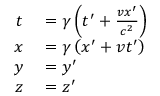
\begin{array} { r l } { t } & { { } = \gamma \left( t ^ { \prime } + { \frac { v x ^ { \prime } } { c ^ { 2 } } } \right) } \\ { x } & { { } = \gamma \left( x ^ { \prime } + v t ^ { \prime } \right) } \\ { y } & { { } = y ^ { \prime } } \\ { z } & { { } = z ^ { \prime } } \end{array}